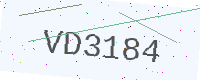
Text: VD3184